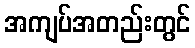
အကျပ်အတည်းတွင်